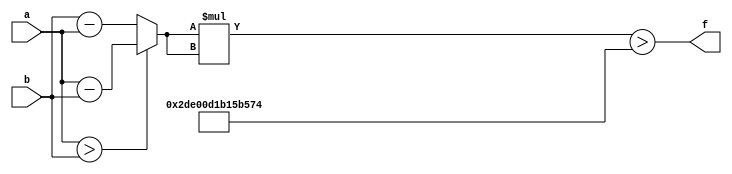
module maxse_mit(a, b, f);
parameter _bit = 32;
parameter maxse = 12912720845583732;
input [_bit - 1: 0] a;
input [_bit - 1: 0] b;
output f;
wire [_bit - 1: 0] diff;
wire [_bit * 2 - 1: 0] se;
assign diff = (a > b)? (a - b): (b - a);
assign se = diff * diff;
assign f = (se > maxse);
endmodule